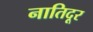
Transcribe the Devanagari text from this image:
नातिदूर